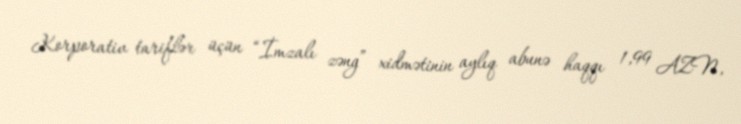
Korporativ tariflər üçün “İmzalı zəng” xidmətinin aylıq abunə haqqı 1,99 AZN,